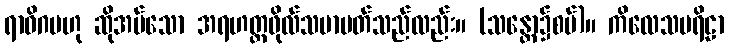
ရာဓိဂမဟု ဆိုအပ်သော အရဟတ္တဖိုလ်သမာပတ်သည်လည်း။ (သန္တော၌စပ်)။ ကိလေသပရိဠာ